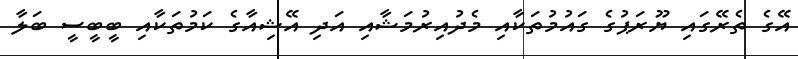
އޭގެ ތެރޭގައި ޔޫރަޕުގެ ގައުމުތަކާއި މެދުއިރުމަޝާއި އަދި އޭޝިއާގެ ކަމުތަކާއި ބީބީސީ ބަލާ